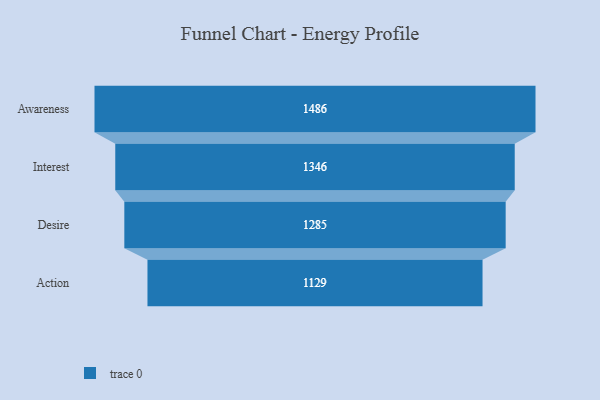
{"axis": {"x": "Stage", "y": "Value"}, "legend": [""], "data": [{"x": "Awareness", "y": 1486.0, "type": ""}, {"x": "Interest", "y": 1346.0, "type": ""}, {"x": "Desire", "y": 1285.0, "type": ""}, {"x": "Action", "y": 1129.0, "type": ""}]}